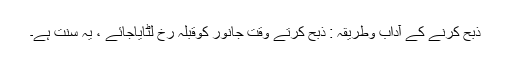
ذبح کرنے کے آداب وطریقہ : ذبح کرتے وقت جانور کوقبلہ رخ لٹایاجائے ، یہ سنت ہے۔